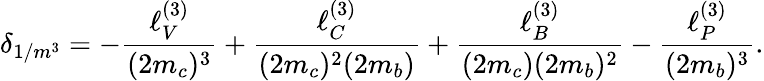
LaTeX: \delta_{1/m^{3}}=-\frac{\ell_{V}^{(3)}}{(2m_{c})^{3}}+\frac{\ell_{C}^{(3)}}{(2m_{c})^{2}(2m_{b})}+\frac{\ell_{B}^{(3)}}{(2m_{c})(2m_{b})^{2}}-\frac{\ell_{P}^{(3)}}{(2m_{b})^{3}}.